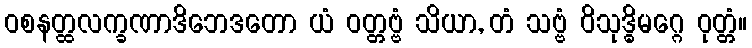
ဝစနတ္ထလက္ခဏာဒိဘေဒတော ယံ ဝတ္တဗ္ဗံ သိယာ, တံ သဗ္ဗံ ဝိသုဒ္ဓိမဂ္ဂေ ဝုတ္တံ။